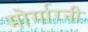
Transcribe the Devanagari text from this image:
मोर्गाग्नी